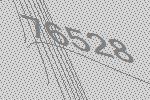
76528